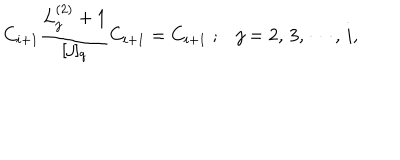
C _ { i + 1 } \frac { L _ { j } ^ { ( 2 ) } + 1 } { [ j ] _ { q } } C _ { i + 1 } = C _ { i + 1 } \; ; j = 2 , \, 3 , \, \cdots , \, i ,